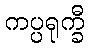
ကပ္ပရုက္ခီ